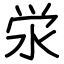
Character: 泶